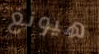
هيونغ